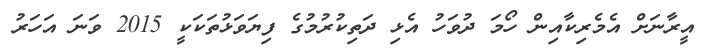
އީރާނަށް އެމެރިކާއިން ހޯމަ ދުވަހު އެޅި ދަތިކުރުމުގެ ފިޔަވަޅުތަކަކީ 2015 ވަނަ އަހަރު